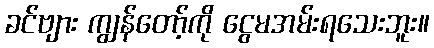
ခင်ဗျား ကျွန်တော့်ကို ငွေမအမ်းရသေးဘူး။